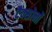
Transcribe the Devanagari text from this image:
टैक्सोनों